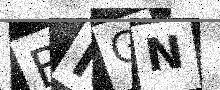
Text: BNGN